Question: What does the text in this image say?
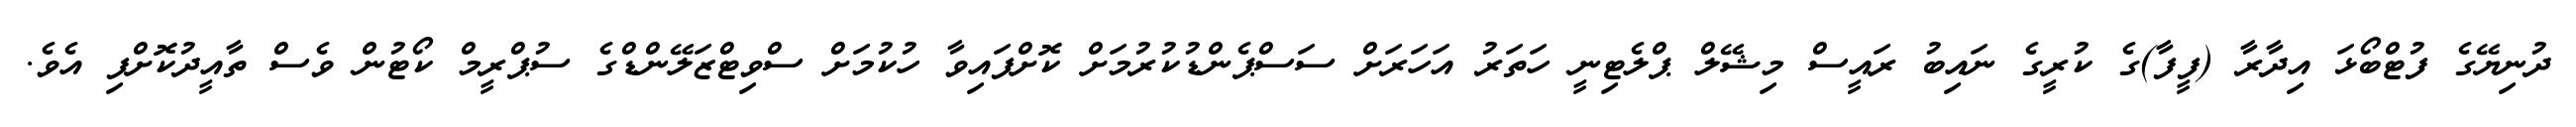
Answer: ދުނިޔޭގެ ފުޓްބޯޅަ އިދާރާ (ފީފާ)ގެ ކުރީގެ ނައިބު ރައީސް މިޝޭލް ޕްލެޓިނީ ހަތަރު އަހަރަށް ސަސްޕެންޑުކުރުމަށް ކޮށްފައިވާ ހުކުމަށް ސްވިޓްޒަލޭންޑްގެ ސުޕްރީމް ކޯޓުން ވެސް ތާއީދުކޮށްފި އެވެ.